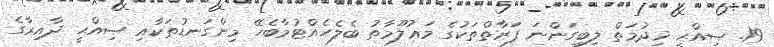
19. ޞިއްޙީ ޚިދުމަތް ލިބިގަންނަ ފަރާތްތަކުގެ މަޢުލޫމާތު ބެލެހެއްޓުމާބެހޭ މިންގަނޑުތަކާއި ޞިއްޙީ ދާއިރާގެ